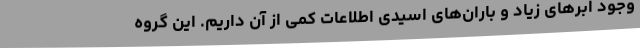
وجود ابرهای زیاد و باران‌های اسیدی اطلاعات کمی از آن داریم. این گروه